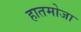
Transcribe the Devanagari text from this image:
हातमोजा